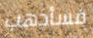
فسأذهب